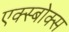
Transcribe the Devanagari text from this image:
एक्स्बोक्स